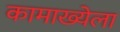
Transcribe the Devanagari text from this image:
कामाख्येला